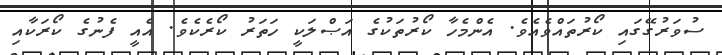
ސުވަރުގޭގައި ކޯރުތައްވެއެވެ. އެންމެހާ ކޯރުތަކުގެ އަޞްލަކީ ހަތަރު ކޯރެކެވެ. އެއީ ފެނުގެ ކޯރަކާއި